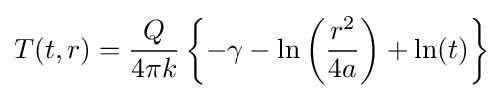
T(t,r)={\frac {Q}{4\pi k}}\left\{-\gamma -\ln \left({\frac {r^{2}}{4a}}\right)+\ln(t)\right\}